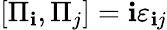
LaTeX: \left[\Pi_{\mathbf{i}},\Pi_{j}\right]=\mathbf{i}\varepsilon_{\mathbf{i}j}